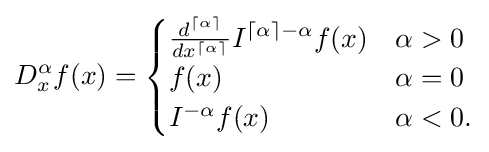
D_{x}^{\alpha }f(x)={\begin{cases}{\frac {d^{\lceil \alpha \rceil }}{dx^{\lceil \alpha \rceil }}}I^{\lceil \alpha \rceil -\alpha }f(x)&\alpha >0\\f(x)&\alpha =0\\I^{-\alpha }f(x)&\alpha <0.\end{cases}}